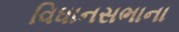
વિધાનસભાના